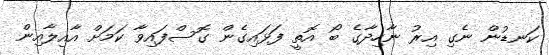
ކަނޑުން ނެގި އިރު ނާހިދާގެ ބޯ އޮތީ ފަޅައިގެން ގޮސްފައިވާ ކަމަށް އާއިލާއިން